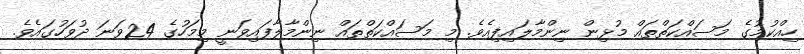
ހިއްކުމުގެ މަސައްކަތްތައް މުޅިން ނިންމާލައިފިއެވެ. މި މަސައްކަތްތައް ނިންމާލާފައިވަނީ މިމަހުގެ 24ވަނަ ދުވަހުގައެވެ.